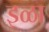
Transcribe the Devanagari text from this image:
इळा